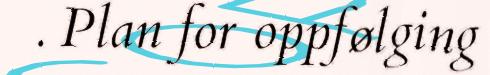
. Plan for oppfølging